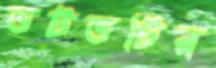
ভটভটির